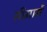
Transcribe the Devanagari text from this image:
सीमामें